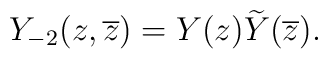
Y_{-2}(z,\overline{z})= Y(z) \widetilde{Y}(\overline{z}).